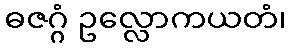
ဓဇဂ္ဂံ ဥလ္လောကယတံ၊